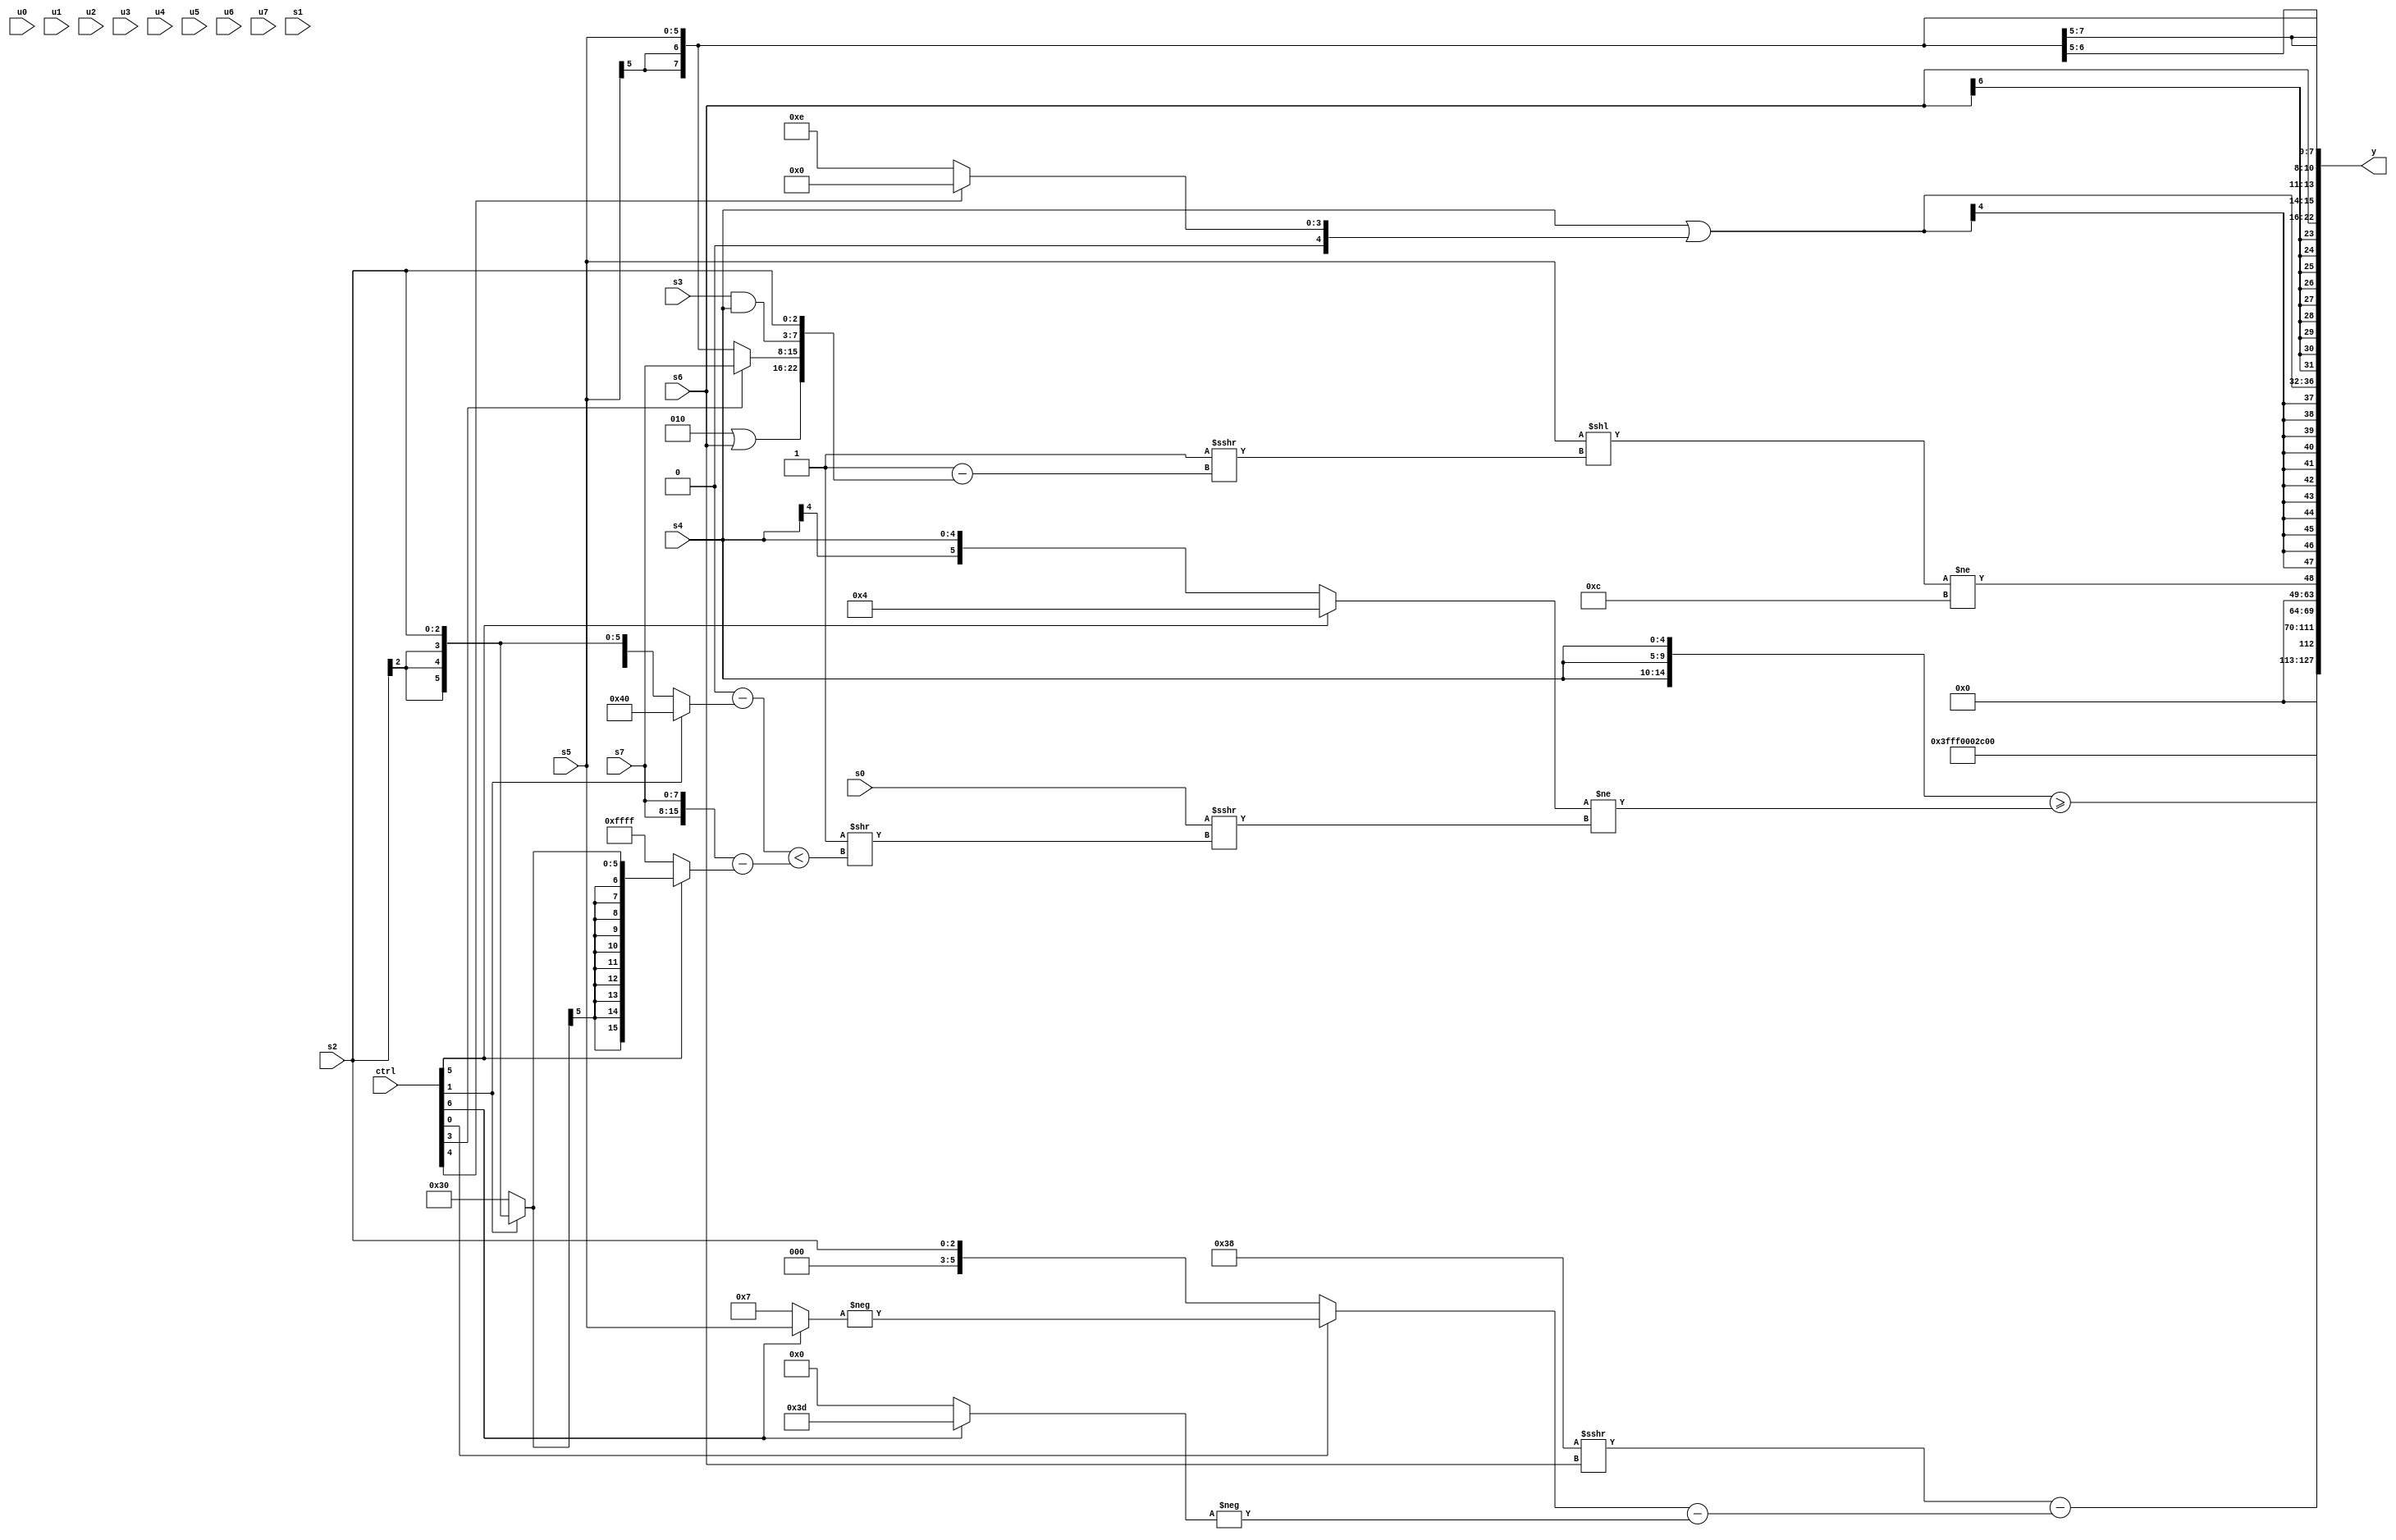
module wideexpr_00848(ctrl, u0, u1, u2, u3, u4, u5, u6, u7, s0, s1, s2, s3, s4, s5, s6, s7, y);
  input [7:0] ctrl;
  input [0:0] u0;
  input [1:0] u1;
  input [2:0] u2;
  input [3:0] u3;
  input [4:0] u4;
  input [5:0] u5;
  input [6:0] u6;
  input [7:0] u7;
  input signed [0:0] s0;
  input signed [1:0] s1;
  input signed [2:0] s2;
  input signed [3:0] s3;
  input signed [4:0] s4;
  input signed [5:0] s5;
  input signed [6:0] s6;
  input signed [7:0] s7;
  output [127:0] y;
  wire [15:0] y0;
  wire [15:0] y1;
  wire [15:0] y2;
  wire [15:0] y3;
  wire [15:0] y4;
  wire [15:0] y5;
  wire [15:0] y6;
  wire [15:0] y7;
  assign y = {y0,y1,y2,y3,y4,y5,y6,y7};
  assign y0 = ({3{s4}})>=(((ctrl[5]?+($signed(((ctrl[5]?(ctrl[5]?4'sb0100:6'sb000011):(ctrl[2]?3'sb011:s4)))>>(((ctrl[3]?2'sb00:s1))<<<(4'sb1111)))):s4))!=(($signed(s0))>>>((+(+($signed(1'sb1))))>>((($signed(+(4'sb0000)))-((ctrl[1]?(3'sb010)<<<(3'sb101):s2)))<(($signed({2{s7}}))-((ctrl[5]?(ctrl[1]?s2:6'sb110000):(2'sb11)|(6'sb101000))))))));
  assign y1 = 6'sb111100;
  assign y2 = $signed(5'sb01011);
  assign y3 = $unsigned($signed(((+(6'sb111000))>>>(s6))-(((ctrl[0]?-((ctrl[6]?s5:5'b00111)):s2))-(-((ctrl[6]?-(5'sb00011):$signed(3'b000)))))));
  assign y4 = ((s5)<<((4'sb1111)>>>(($signed(~&(6'sb110010)))-({(4'sb0010)|(s6),(ctrl[3]?s7:s5),(s3)&(s4),s2}))))!=(6'sb001100);
  assign y5 = (s4)|((ctrl[4]?-(1'sb0):5'sb01110));
  assign y6 = s6;
  assign y7 = $signed(s5);
endmodule